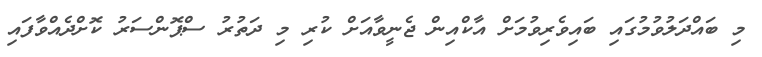
މި ބައްދަލުވުމުގައި ބައިވެރިވުމަށް އާކްއިން ޖެނީވާއަށް ކުރި މި ދަތުރު ސްޕޮންސަރު ކޮށްދެއްވާފައި